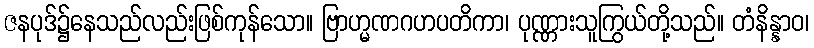
ဇနပုဒ်၌နေသည်လည်းဖြစ်ကုန်သော။ ဗြာဟ္မဏဂဟပတိကာ၊ ပုဏ္ဏားသူကြွယ်တို့သည်။ တံနိန္နာဝ၊